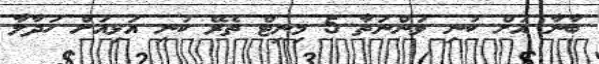
ބާނާ އަަށް ކުނި ވަންނަތާ 5 މިނިޓް ތެރޭ ކުނި އަޅިއަށް ހަދާލާ